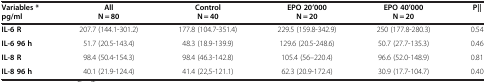
<table><thead><tr><td><b>Variables *</b></td><td><b>All</b></td><td><b>Control</b></td><td><b>EPO 20’000</b></td><td><b>EPO 40’000</b></td><td><b>P∥</b></td></tr><tr><td><b>pg/ml</b></td><td><b>N = 80</b></td><td><b>N = 40</b></td><td><b>N = 20</b></td><td><b>N = 20</b></td><td><b> </b></td></tr></thead><tbody><tr><td><b>IL-6 R</b></td><td>207.7 (144.1-301.2)</td><td>177.8 (104.7-351.4)</td><td>229.5 (159.8-342.9)</td><td>250 (177.8-280.3)</td><td>0.54</td></tr><tr><td><b>IL-6 96 h</b></td><td>51.7 (20.5-143.4)</td><td>48.3 (18.9-139.9)</td><td>129.6 (20.5-248.6)</td><td>50.7 (27.7-135.3)</td><td>0.46</td></tr><tr><td><b>IL-8 R</b></td><td>98.4 (50.4-154.3)</td><td>98.4 (46.3-142.8)</td><td>105.4 (56–220.4)</td><td>96.6 (52.0-148.9)</td><td>0.81</td></tr><tr><td><b>IL-8 96 h</b></td><td>40.1 (21.9-124.4)</td><td>41.4 (22,5-121.1)</td><td>62.3 (20.9-172.4)</td><td>30.9 (17.7-104.7)</td><td>0.40</td></tr></tbody></table>